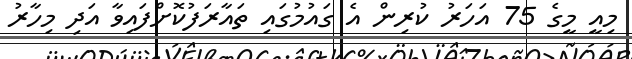
މިއީ މީގެ 75 އަހަރު ކުރިން އެ ގައުމުގައި ތައާރަފުކޮށްފައިވާ އަދި މިހާރު